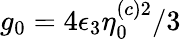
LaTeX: g_{0}=4\epsilon_{3}\eta_{0}^{(c)2}/3